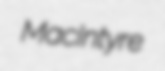
MacIntyre